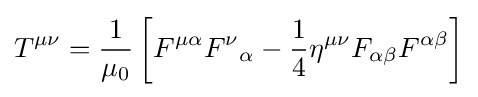
T^{\mu \nu }={\frac {1}{\mu _{0}}}\left[F^{\mu \alpha }F^{\nu }{}_{\alpha }-{\frac {1}{4}}\eta ^{\mu \nu }F_{\alpha \beta }F^{\alpha \beta }\right]